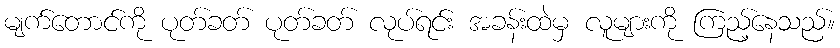
မျက်တောင်ကို ပုတ်ခတ် ပုတ်ခတ် လုပ်ရင်း အခန်းထဲမှ လူများကို ကြည့်နေသည်။